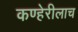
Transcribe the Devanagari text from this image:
कण्हेरीलाच